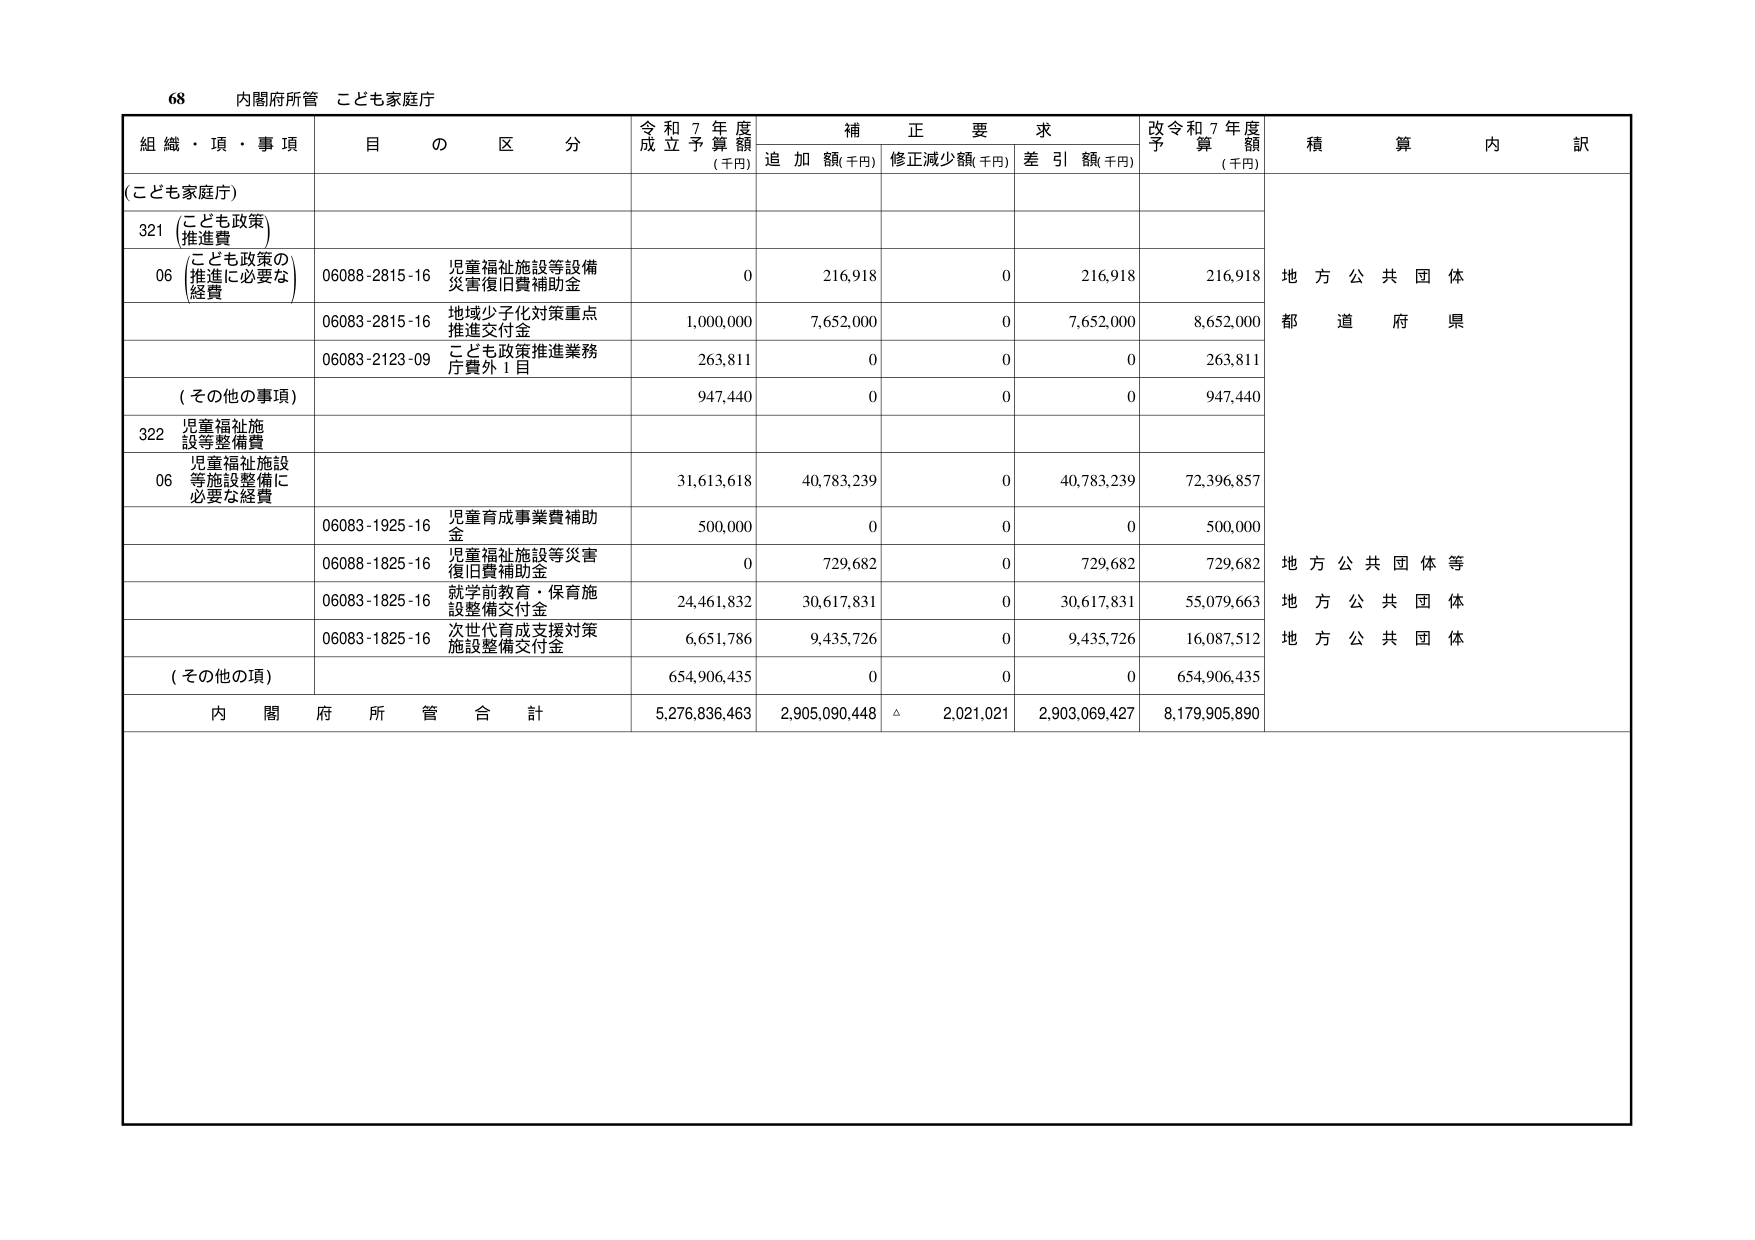
68 内閣府所管 こども家庭庁

組織・項・事項 目の区分 令和7年度成立予算額(千円) 補正要求 追加額(千円) 修正減少額(千円) 差引額(千円) 改令和7年度予算額(千円) 積算内訳

(こども家庭庁)

321 (こども政策) 推進費

06 (こども政策の推進に必要な経費) 06088-2815-16 児童福祉施設等設備災害復旧費補助金 0 216,918 0 216,918 216,918 地方公共団体 都道府県

06083-2815-16 地域少子化対策重点推進交付金 1,000,000 7,652,000 0 7,652,000 8,652,000

06083-2123-09 こども政策推進業務庁費外1目 263,811 0 0 0 263,811

(その他の事項) 947,440 0 0 0 947,440

322 児童福祉施設等整備費

06 児童福祉施設等施設整備に必要な経費 31,613,618 40,783,239 0 40,783,239 72,396,857

06083-1925-16 児童育成事業費補助金 500,000 0 0 0 500,000

06088-1825-16 児童福祉施設等災害復旧費補助金 0 729,682 0 729,682 729,682 地方公共団体等

06083-1825-16 就学前教育・保育施設整備交付金 24,461,832 30,617,831 0 30,617,831 55,079,663 地方公共団体

06083-1825-16 次世代育成支援対策施設整備交付金 6,651,786 9,435,726 0 9,435,726 16,087,512 地方公共団体

(その他の項) 654,906,435 0 0 0 654,906,435

内閣府所管合計 5,276,836,463 2,905,090,448 △ 2,021,021 2,903,069,427 8,179,905,890